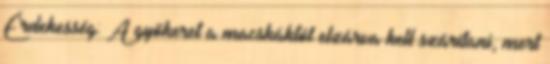
Érdekesség: A gyökeret a macskáktól elzárva kell szárítani, mert